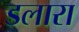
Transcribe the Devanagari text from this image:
डलारा